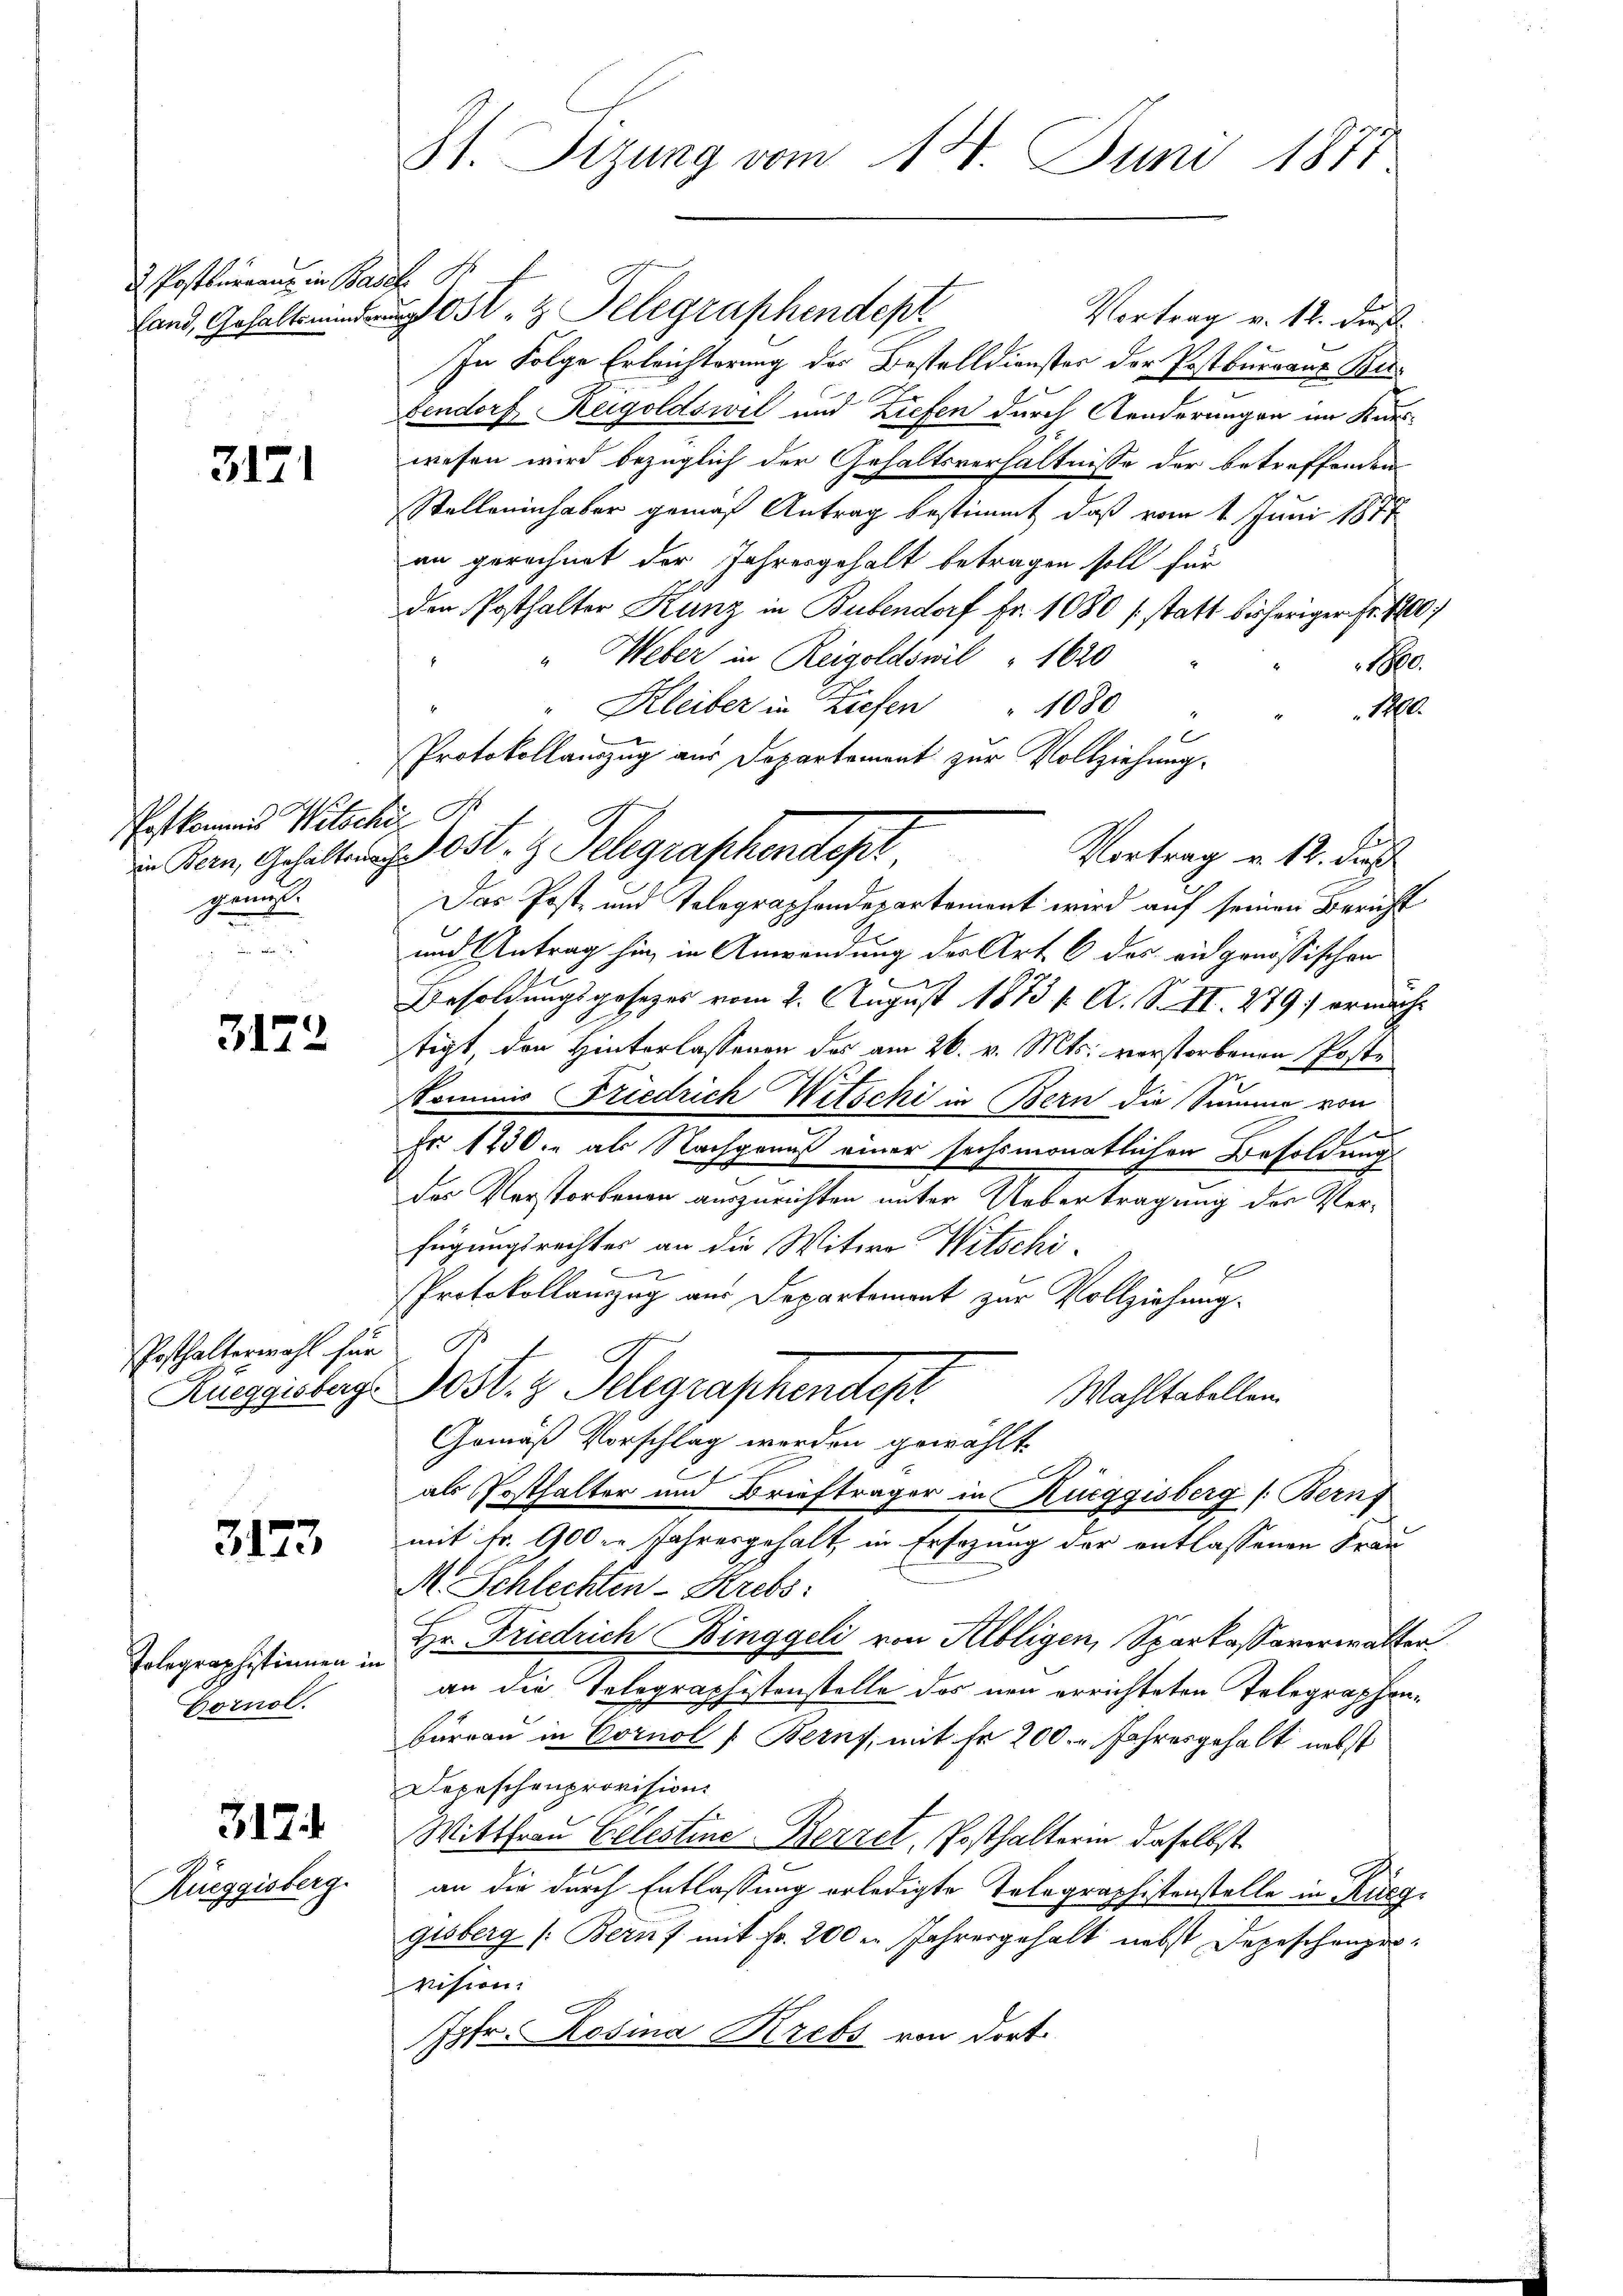
d Postkuranz in Base
land, Gehaltsmindern

3171

Postkommes Witsche I
gemis

3122

Prsthalterwahl für
Rueggisberg.

3173

Telegraphistinnen.
Cornol

317.

Rüeggisberg.

St. Sizung vom 18. Juni 1877

t
Jost, z. Telegraphendept
Vortrag v. 12. dies
In Folge Erleichterung des Bestelldienster der Postburranz Bubendorf Reigoldswil und Ziefen durch Aenderungen im Kurwesen wird bezüglich der Gehaltsverhältnisse der betreffenden
1
Stelleninhaber gemäß Antrag bestimmt, daß vom 1. Juni 1871
an gerechnet der Jahresgehalt betragen soll für
den Posthalter Kunz in Bubendorf fr. 1080 (statt bisheriger Fr. 100
" Weber in Reigoldswil " 1620
Be
" Kleiber in Ziefen " 1080
Ar
 f
Protokollauszug aus Departement zur Vollziehung.
in Bern, Gehaltung Ost. z. Telegraphendept
Vortrag v. 12. Ju
Das Post- und Telegraphendepartement wird auf seinen Bericht
und Antrag hin, in Anwendung des Art. 6 des eidgenössischen
Besoldungsposezes vom 2. August 1873 f. A. S. II. 279 ermacht
tigt, den Hinterlassenen des am 26. v. Mts. verstorbenen Poste
Kommis Friedrich Witschi in Bern die Summe von
e
Fr. 1230. als Nachgenuß einer sechsmonatlichen Besoldung
der Verstorbenen auszurichten unter Uebertragung der Verfügungsrechtes an die Witwe Witschi-

E
Protokollauszug aus Departemont zur Vollziehung.
R 74
os. z. Schgraschendepr
Wahltabellen.
Gemäß Vorschlag worden gewählt.
als Posthalter und Briefträger in Rüeggisberg (Bernf
mit Fr. 900er Jahresgehalt, in Ersezung der entlassenen Frau
M. Schlechten-Krebs:
Hr. Friedrich Binggeli von Albligen, Sparkassaverwalter
an die Telegraphistenstelle das neu errichteten Telegraphenbureau in Cornol (Berns, mit fr 200. Jahresgehalt nebst
Depeschenprovision
Wittfrau Gelestine-Bezzet, Posthalterin daselbst
an die durch Entlassung erledigte Telegraphistenstelle in Rüeg
gisberg (Bernf mit Fr. 200 m Jahresgehalt nebst Depeschenprovision.
Jgfr. Rosina Krebs von dort.